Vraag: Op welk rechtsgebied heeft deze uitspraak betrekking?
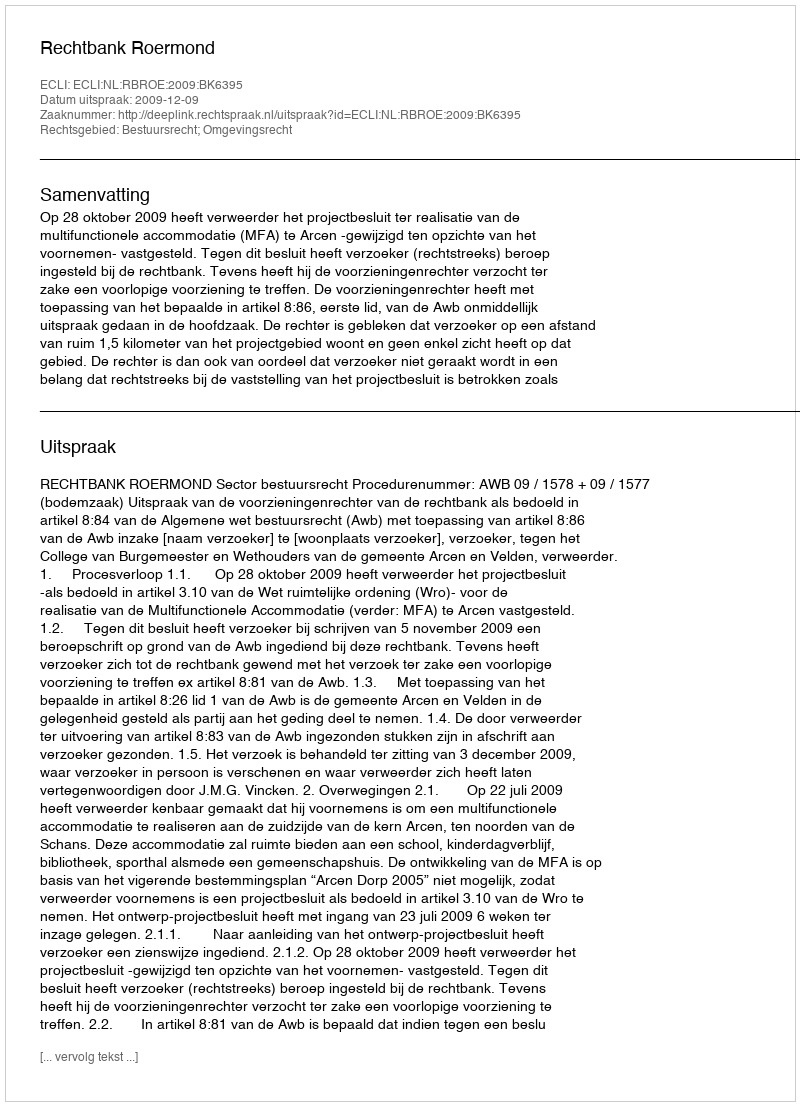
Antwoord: Bestuursrecht; Omgevingsrecht